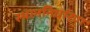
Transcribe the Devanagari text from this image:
स्थाननिर्धारण